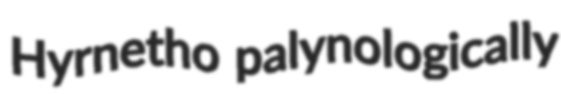
Hyrnetho palynologically